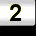
Digit: 2